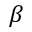
\beta